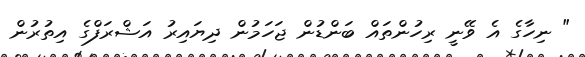
" ނިހާގެ އެ ވޭނީ ރިހުންތައް ބަންޑުން ޖަހަމުން ދިޔައިރު އަޝްރަފްގެ އިތުރުން